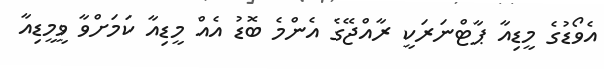
އެވޯޑުގެ މީޑިއާ ޕާޓްނަރަކީ ރާއްޖޭގެ އެންމެ ބޮޑު އެއް މީޑިއާ ކަމަށްވާ ވީމީޑިއާ